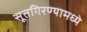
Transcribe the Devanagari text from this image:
सूतगिरण्यामध्ये